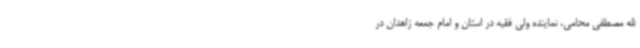
الله مصطفی محامی، نماینده ولی فقیه در استان و امام جمعه زاهدان در